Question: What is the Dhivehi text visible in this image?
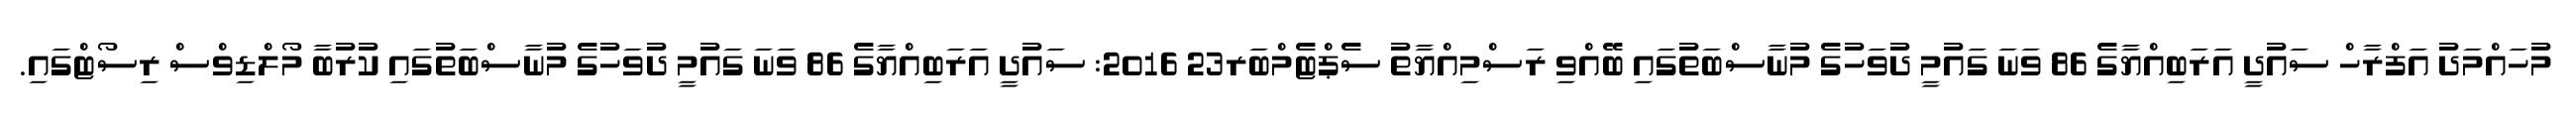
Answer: މުހައްމަދު އަފްރާހް ސައުދީ އަރަބިއްޔާގެ 86 ވަނަ ގައުމީ ދުވަހުގެ މުނާސްބަތުގައި ބޭއްވި ރަސްމިއްޔާތު ސެޕްޓެމްބަރ23 2016: ސައުދީ އަރަބިއްޔާގެ 86 ވަނަ ގައުމީ ދުވަހުގެ މުނާސްބަތުގައި ކުރުބާ މޯލްޑިވްސް ރިސޯޓްގައި.